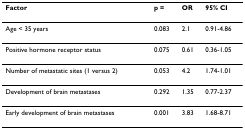
| Factor | p = | OR | 95% CI |
 | --- | --- | --- | --- |
 | Age < 35 years | 0.083 | 2.1 | 0.91-4.86 |
 | Positive hormone receptor status | 0.075 | 0.61 | 0.36-1.05 |
 | Number of metastatic sites (1 versus 2) | 0.053 | 4.2 | 1.74-1.01 |
 | Development of brain metastases | 0.292 | 1.35 | 0.77-2.37 |
 | Early development of brain metastases | 0.001 | 3.83 | 1.68-8.71 |